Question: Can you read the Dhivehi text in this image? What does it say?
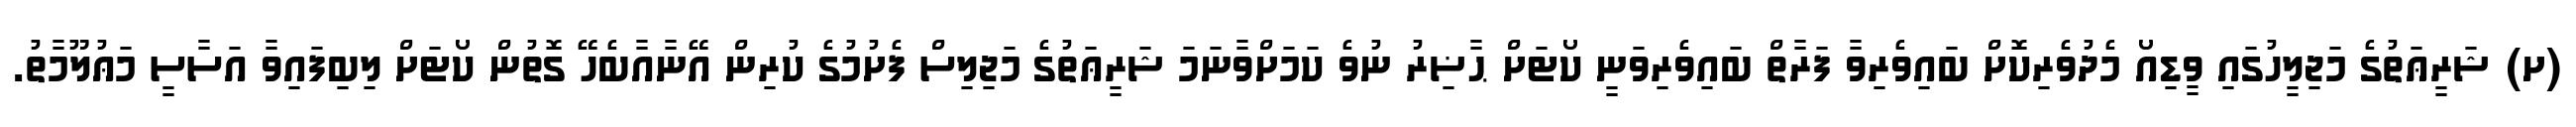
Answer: (ށ) ޝަރީޢަތުގެ މަޖިލީހުގައި ވީޑިއޯ މެދުވެރިކޮށް ބައިވެރިވާ ފަރާތް ބައިވެރިވަނީ ކޯޓަށް ޙާޟިރު ނުވެ ކަމަށްވާނަމަ ޝަރީޢަތުގެ މަޖިލިސް ފެށުމުގެ ކުރިން އޭނާއާބެހޭ ގޮތުން ކޯޓަށް ލިބިފައިވާ އަސާސީ މަޢުލޫމާތު.